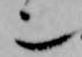
也